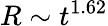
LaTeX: R\sim t^{1.62}